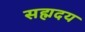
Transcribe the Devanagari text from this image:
सह्मदय